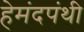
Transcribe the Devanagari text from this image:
हेमंदपंथी